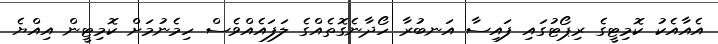
އެއާއެކު ކޮމިޓީގެ ރިޕޯޓުގައި ފައިސާ އަނބުރާ ހޯދާނެގޮތެއްގެ ލަފައެއްވެސް ހިމެނުމަށް ކޮމިޓީން އިއްޔެ